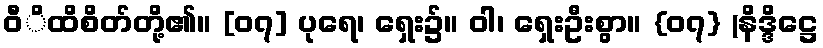
ဝီိထိစိတ်တို့၏။ [၀၇] ပုရေ၊ ရှေး၌။ ဝါ၊ ရှေးဦးစွာ။ {၀၇} (နိဒ္ဒိဋ္ဌေ